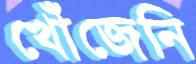
খোঁজেনি